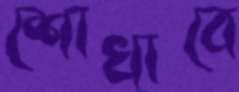
শোখাবে